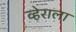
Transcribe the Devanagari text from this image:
व्हेराला